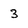
Character: 3